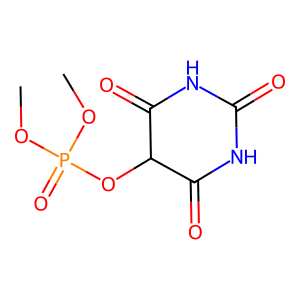
SMILES: COP(=O)(OC)OC1C(=O)NC(=O)NC1=O
Inhibits HIV replication: No